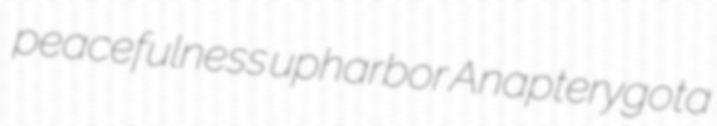
peacefulness upharbor Anapterygota